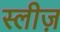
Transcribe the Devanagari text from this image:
स्लीज़